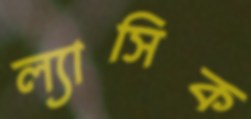
ল্যাসিক